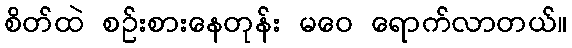
စိတ်ထဲ စဉ်းစားနေတုန်း မဝေ ရောက်လာတယ်။